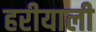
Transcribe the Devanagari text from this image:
हरीयाली